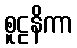
စူဠနိကာ